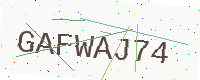
Text: GAFWAJ74